Vaccination in the Punjab 1883-1896 - 1883-1896
Year: 1883
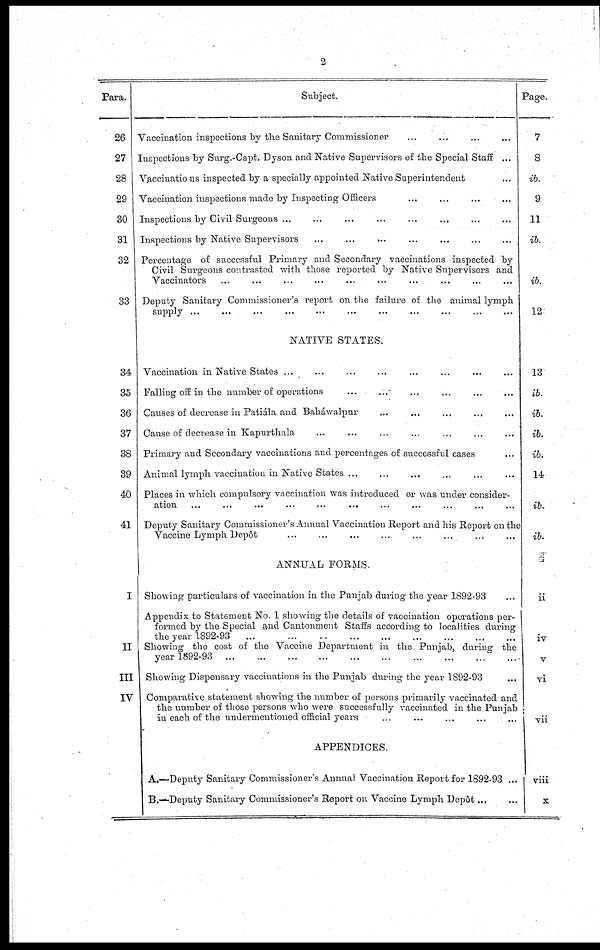
2
Para.
26
27
28
29
30
31
32
33
34
35
36
37
38
39
40
41
I
II
III
IV
Subject.
Vaccination inspections by the Sanitary Commissioner ... ... ... ...
Inspections by Surg.-Capt. Dyson and Native Supervisors of the Special Staff ...
Vaccinatio ns inspected by a specially appointed Native Superintendent ...
Vaccination inspections made by Inspecting Officers ... ... ... ...
Inspections by Civil Surgeons ... ... ... ... ... ... ... ...
Inspections by Native Supervisors ... ... ... ... ... ... ...
Percentage of successful Primary and Secondary vaccinations inspected by
Civil Surgeons contrasted with those reported by Native Supervisors and
Vaccinators ... ... ... ... ... ... ... ... ... ...
Deputy Sanitary Commissioner's report on the failure of the animal lymph
supply
...
...
...
...
...
...
...
...
...
...
...
NATIVE STATES.
Vaccination in Native States ... ... ... ... ... ... ... ...
Falling off in the number of operations
Causes of decrease in Patiála and Baháwalpur ... ... ... ... ...
Cause of decrease in Kapurtliala ... ... ... ... ... ... ...
Primary and Secondary vaccinations and percentages of successful cases ...
Animal lymph vaccination in Native States ... ... ... ... ... ...
Places in which compulsory vaccination was introduced or was under consider-
ation ... ... ... ... ... ... ... ... ... ... ...
Deputy Sanitary Commissioner's Annual Vaccination Report and his Report on the
Vaccine Lymph Dep6t ... ... ... ... ... ... ...
ANNUAL FORMS.
Showing particulars of vaccination in the Punjab during the year 1892-93 ...
Appendix to Statement No. 1 showing the details of vaccination operations per-
formed by the Special and Cantonment Staffs according to localities during¬
the year 1892-93
...
...
...
...
...
...
...
...
...
...
Showing the cost of the Vaccine Department in the Pun-jab, during the
year 1892-93
...
...
...
...
...
...
...
...
...
...
Showing Dispensary vaccinations in the Punjab during the year 1892-93
Comparative statement showing the number of persons primarily vaccinated and
the number of those persons who were successfully vaccinated in the Punjab
in each of the undermentioned official years ... ... ... ... ...
APPENDICES.
A.—Deputy Sanitary Commissioner's Annual Vaccination Report for 1892-93 ...
B.—Deputy Sanitary Commissioner's Report on Vaccine Lymph Depôt... ...
Page.
7
8
ib.
9
11
ib.
ib.
12
13
ib.
ib.
ib.
ib.
14
ib.
ib.
ii
iv
V
vi
vii
viii
X